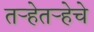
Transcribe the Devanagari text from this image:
तऱ्हेतऱ्हेचे